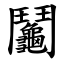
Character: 鬮